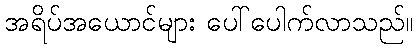
အရိပ်အယောင်များ ပေါ်ပေါက်လာသည်။